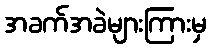
အခက်အခဲများကြားမှ